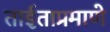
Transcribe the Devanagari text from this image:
ताईताप्रमाणे